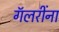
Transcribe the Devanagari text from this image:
गॅलरींना